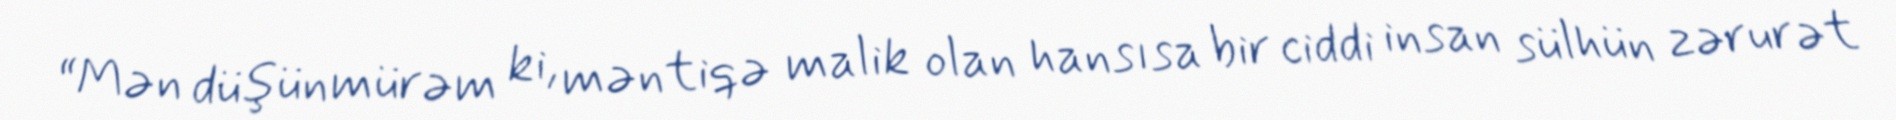
“Mən düşünmürəm ki, məntiqə malik olan hansısa bir ciddi insan sülhün zərurət